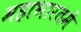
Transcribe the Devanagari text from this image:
महाभारतमें